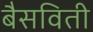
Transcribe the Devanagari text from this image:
बैसविती